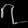
Digit: ၇